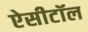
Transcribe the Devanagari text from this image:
ऐसीटॉल